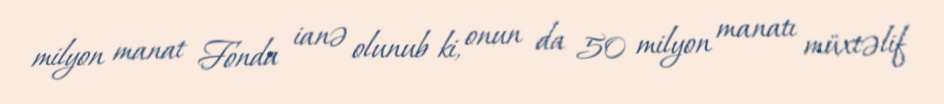
milyon manat Fonda ianə olunub ki, onun da 50 milyon manatı müxtəlif